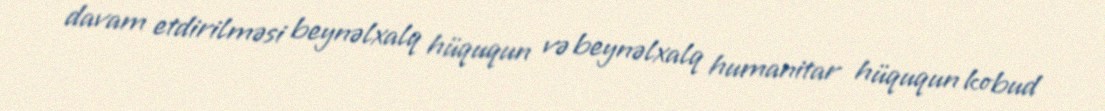
davam etdirilməsi beynəlxalq hüququn və beynəlxalq humanitar hüququn kobud